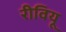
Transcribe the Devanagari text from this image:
रीवियू